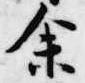
余